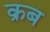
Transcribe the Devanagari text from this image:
क्रब